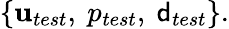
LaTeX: \left\{ \mathbf{u}_{test},\ p_{test},\ {\mathsf{d}}_{test}\right\} .